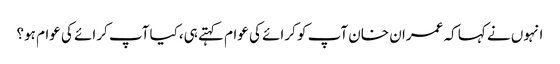
انہوں نے کہا کہ عمران خان آپ کو کرائے کی عوام کہتے ہی،کیا آپ کرائے کی عوام ہو؟